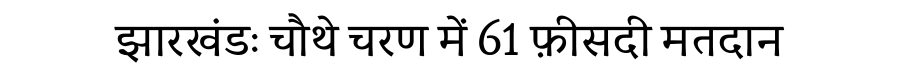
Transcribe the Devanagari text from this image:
झारखंडः चौथे चरण में 61 फ़ीसदी मतदान